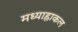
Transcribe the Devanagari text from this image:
मध्याह्नाकल